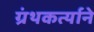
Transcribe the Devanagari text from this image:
ग्रंथकर्त्याने